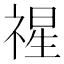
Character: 𮂇